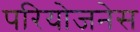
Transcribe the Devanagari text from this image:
परियोजनेस